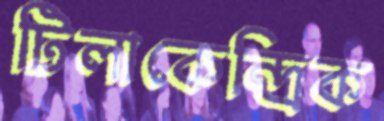
টিলাকেন্দ্রিক